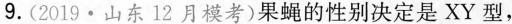
9.(2019·山东12月模考)果蝇的性别决定是XY型，